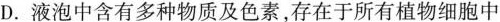
D.液泡中含有多种物质及色素，存在于所有植物细胞中